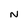
Character: N